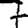
Digit: 7